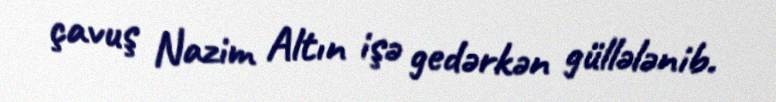
çavuş Nazim Altın işə gedərkən güllələnib.